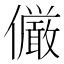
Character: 𠑊